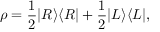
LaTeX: \rho = { \frac { 1 } { 2 } } | R \rangle \langle R | + { \frac { 1 } { 2 } } | L \rangle \langle L | ,